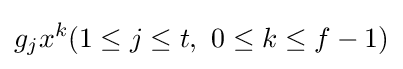
g_{j}x^{k}(1\leq j\leq t,\ 0\leq k\leq f-1)